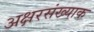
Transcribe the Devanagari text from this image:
अक्षरसंख्याक